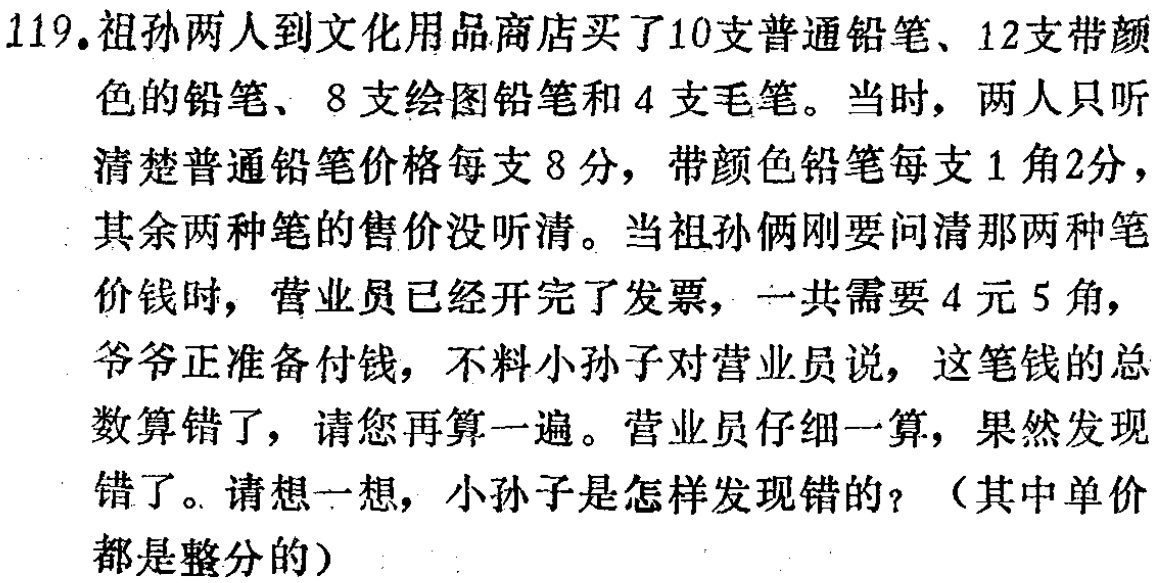
119.祖孙两人到文化用品商店买了10支普通铅笔、12支带颜色的铅笔、8支绘图铅笔和4支毛笔。当时，两人只听清楚普通铅笔价格每支8分，带颜色铅笔每支1角2分，其余两种笔的售价没听清。当祖孙俩刚要问清那两种笔价钱时，营业员已经开完了发票，一共需要4元5角，爷爷正准备付钱，不料小孙子对营业员说，这笔钱的总数算错了，请您再算一遍。营业员仔细一算，果然发现错了。请想一想，小孙子是怎样发现错的？（其中单价都是整分的）